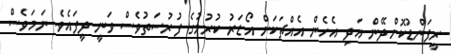
ރީފަންޑުކޮށްދޭން އަދި އެހެން އެއްޗަކަށް އޯޑަރު ކުރުމުގެ ފުރުސަތުވެސް ވަނީ ދީފައެވެ. ނަމަވެސް